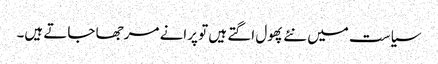
سیاست میں نئے پھول اگتے ہیں تو پرانے مرجھا جاتے ہیں۔